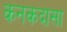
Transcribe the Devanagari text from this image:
कनकदासा